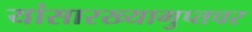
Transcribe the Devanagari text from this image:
यांसारख्यागुप्तचर